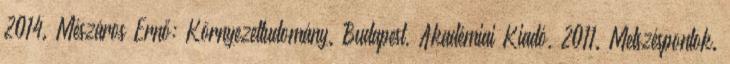
2014. Mészáros Ernő: Környezettudomány. Budapest, Akadémiai Kiadó, 2011. Metszéspontok.